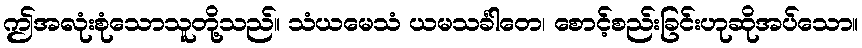
ဤအလုံးစုံသောသူတို့သည်။ သံယမေသံ ယမသင်္ခါတေ၊ စောင့်စည်းခြင်းဟုဆိုအပ်သော။